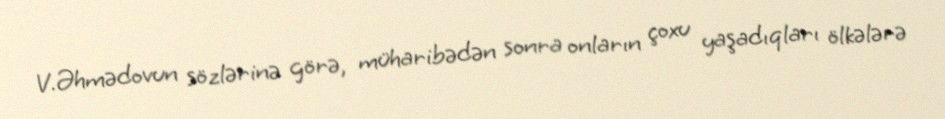
V.Əhmədovun sözlərinə görə, müharibədən sonra onların çoxu yaşadıqları ölkələrə